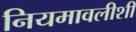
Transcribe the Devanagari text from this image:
नियमावलीशी